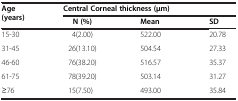
<table><thead><tr><td rowspan="2"><b>Age (years)</b></td><td colspan="2"><b>Central Corneal thickness (μm)</b></td><td><b> </b></td></tr><tr><td><b>N (%)</b></td><td><b>Mean</b></td><td><b>SD</b></td></tr></thead><tbody><tr><td>15-30</td><td>4(2.00)</td><td>522.00</td><td>20.78</td></tr><tr><td>31-45</td><td>26(13.10)</td><td>504.54</td><td>27.33</td></tr><tr><td>46-60</td><td>76(38.20)</td><td>516.57</td><td>35.37</td></tr><tr><td>61-75</td><td>78(39.20)</td><td>503.14</td><td>31.27</td></tr><tr><td>≥76</td><td>15(7.50)</td><td>493.00</td><td>35.84</td></tr></tbody></table>